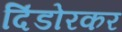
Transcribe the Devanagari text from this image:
दिंडोरकर